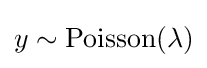
y\sim {\text{Poisson}}(\lambda )